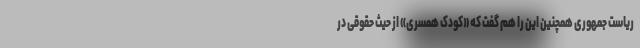
ریاست جمهوری همچنین این را هم گفت که «کودک همسری» از حیث حقوقی در